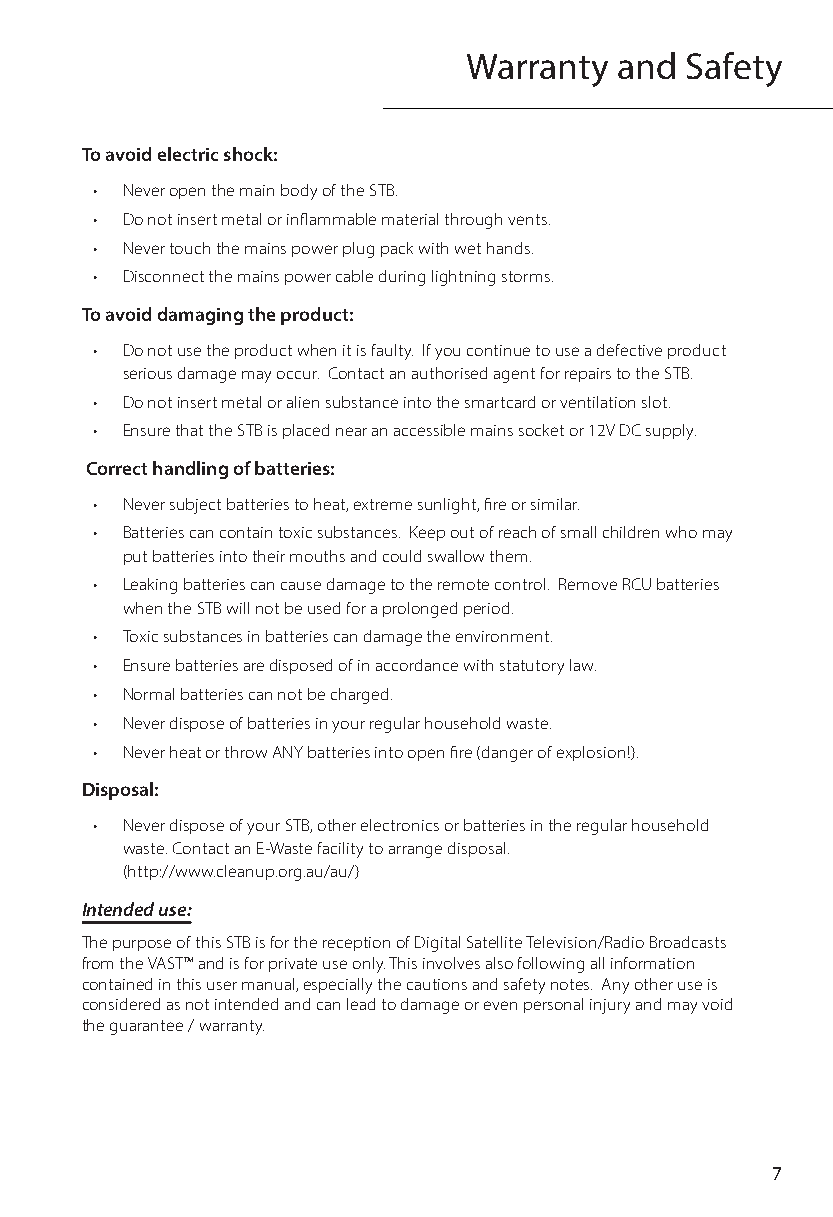
Warranty  and Safety
 To avoid electric shock:
 • Never open the main body of the STB.
 • Do not insert metal or inflammable material through vents.
 • Never touch the mains power plug pack with wet hands.
 • Disconnect the mains power cable during lightning storms.
 To avoid damaging the product:
 • Do not use the product when it is faulty. If you continue to use a defective product
 serious damage may occur. Contact an authorised agent for repairs to the STB.
 • Do not insert metal or alien substance into the smartcard or ventilation slot.
 • Ensure that the STB is placed near an accessible mains socket or 12V DC supply.
 Correct handling of batteries:
 • Never subject batteries to heat, extreme sunlight, fire or similar.
 • Batteries can contain toxic substances. Keep out of reach of small children who may
 put batteries into their mouths and could swallow them.
 • Leaking batteries can cause damage to the remote control. Remove RCU batteries
 when the STB will not be used for a prolonged period.
 • Toxic substances in batteries can damage the environment.
 • Ensure batteries are disposed of in accordance with statutory law.
 • Normal batteries can not be charged.
 • Never dispose of batteries in your regular household waste.
 • Never heat or throw ANY batteries into open fire (danger of explosion!).
 Disposal:
 • Never dispose of your STB, other electronics or batteries in the regular household
 waste. Contact an E-Waste facility to arrange disposal.
 (http://www.cleanup.org.au/au/)
 Intended use:
 The purpose of this STB is for the reception of Digital Satellite Television/Radio Broadcasts
 from the VAST™ and is for private use only. This involves also following all information
 contained in this user manual, especially the cautions and safety notes. Any other use is
 considered as not intended and can lead to damage or even personal injury and may void
 the guarantee / warranty.
 7